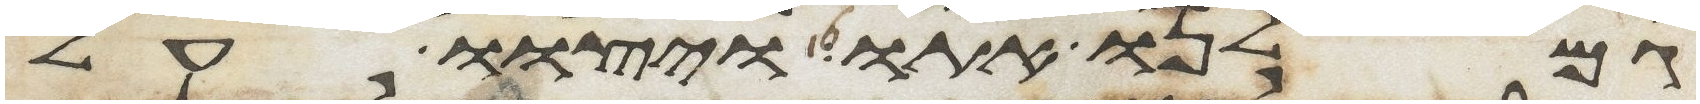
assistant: גמלנו אתו ויצוו על